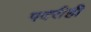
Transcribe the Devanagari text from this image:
पदरीही